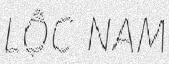
LỘC NAM